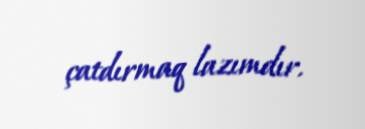
çatdırmaq lazımdır.